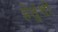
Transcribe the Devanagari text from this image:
हेतुंशी